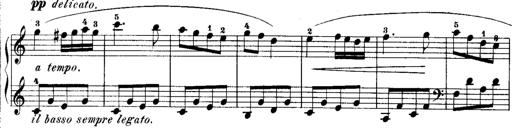
Title: Rondos and Sonatinas for Pianoforte
Composer: Daniel Steibelt